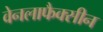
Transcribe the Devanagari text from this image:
वेनलाफैक्सीन